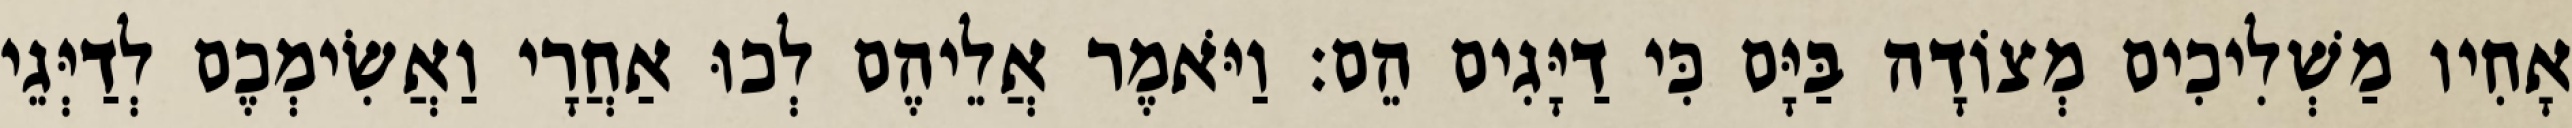
אָחִיו מַשְׁלִיכִים מְצוֹדָה בַּיָּם כִּי דַיָּגִים הֵם׃ וַיֹּאמֶר אֲלֵיהֶם לְכוּ אַחֲרָי וַאֲשִׂימְכֶם לְדַיְּגֵי